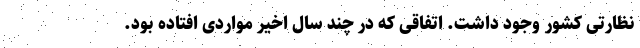
نظارتی کشور وجود داشت. اتفاقی که در چند سال اخیر مواردی افتاده بود.